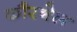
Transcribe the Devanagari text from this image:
कौरनेल